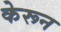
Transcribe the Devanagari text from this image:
केरून